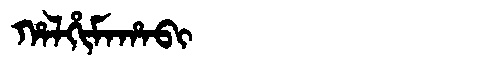
Manchu: ᡥᠠᠯᡥᡳᠮᠠᡥᠠᠪᡳ
Romanization: HALHIMAHABI